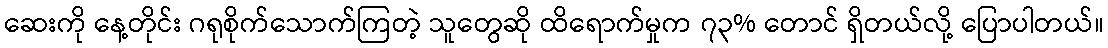
ဆေးကို နေ့တိုင်း ဂရုစိုက်သောက်ကြတဲ့ သူတွေဆို ထိရောက်မှုက ၇၃% တောင် ရှိတယ်လို့ ပြောပါတယ်။